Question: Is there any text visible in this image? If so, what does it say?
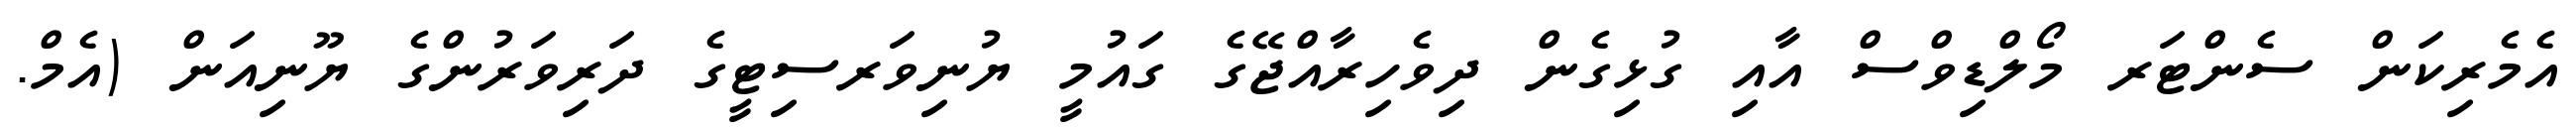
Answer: އެމެރިކަން ސެންޓަރ މޯލްޑިވްސް އާއި ގުޅިގެން ދިވެހިރާއްޖޭގެ ގައުމީ ޔުނިވަރސިޓީގެ ދަރިވަރުންގެ ޔޫނިއަން (އެމް.